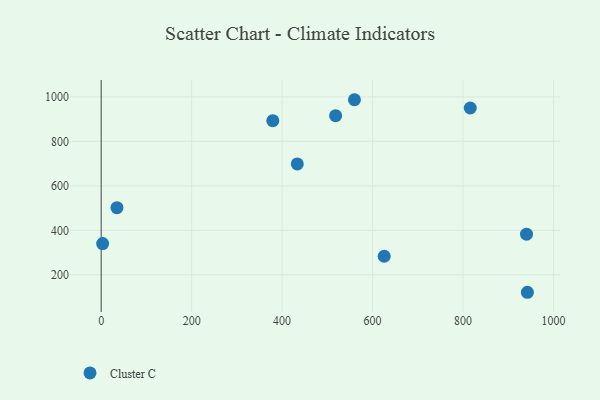
{"axis": {"x": "Distance", "y": "Sales"}, "legend": ["Cluster C"], "data": [{"x": "34.9", "y": 501.8, "type": "Cluster C"}, {"x": "816.0", "y": 950.1, "type": "Cluster C"}, {"x": "625.7", "y": 283.2, "type": "Cluster C"}, {"x": "3.2", "y": 340.4, "type": "Cluster C"}, {"x": "942.3", "y": 121.2, "type": "Cluster C"}, {"x": "560.0", "y": 987.4, "type": "Cluster C"}, {"x": "433.6", "y": 698.4, "type": "Cluster C"}, {"x": "940.4", "y": 382.4, "type": "Cluster C"}, {"x": "518.3", "y": 915.7, "type": "Cluster C"}, {"x": "379.5", "y": 893.2, "type": "Cluster C"}]}